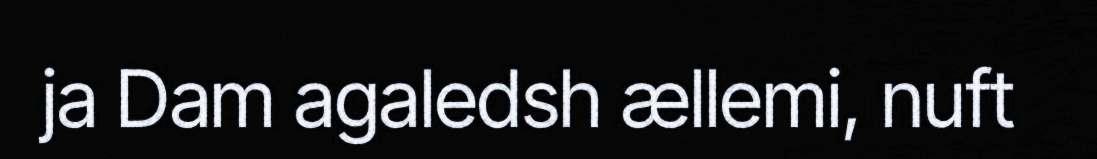
ja Dam agaledsh ællemi, nuft